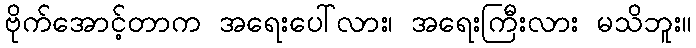
ဗိုက်အောင့်တာက အရေးပေါ်လား၊ အရေးကြီးလား မသိဘူး။